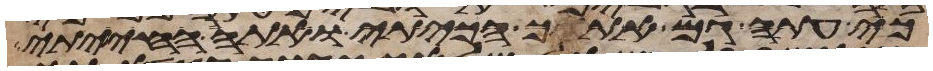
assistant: כי עתה גם אתך הכיתי ואתה החייתי